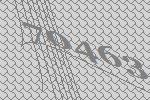
70463